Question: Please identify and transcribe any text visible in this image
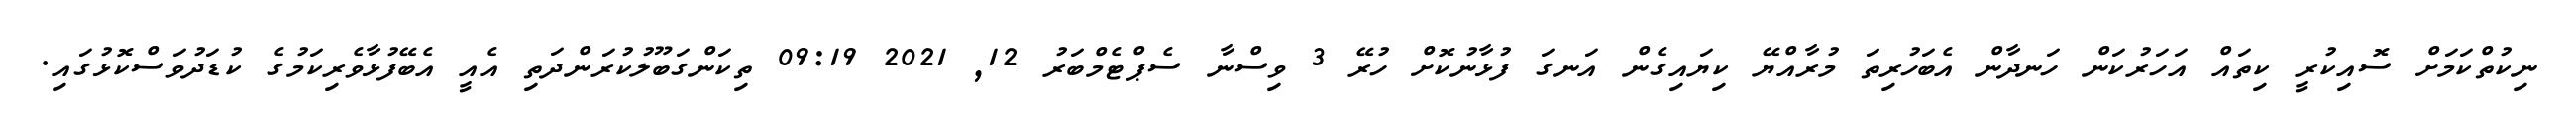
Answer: ނިކުތްކަމަށް ސޮއިކުރީ ކިތައް އަހަރުކަން ހަނދާން އެބަހުރިތަ މުރާއްޔޭ ކިޔައިގެން އަނގަ ފުޅާނުކޮށް ހުރޭ 3 ވިސްނާ ސެޕްޓެމްބަރު 12, 2021 09:19 ތިކަންގަބޫލުކުރަންދަތި އެއީ އެބޭފުޅާވެރިކަމުގެ ކުޑަދުވަސްކޮޅުގައި.